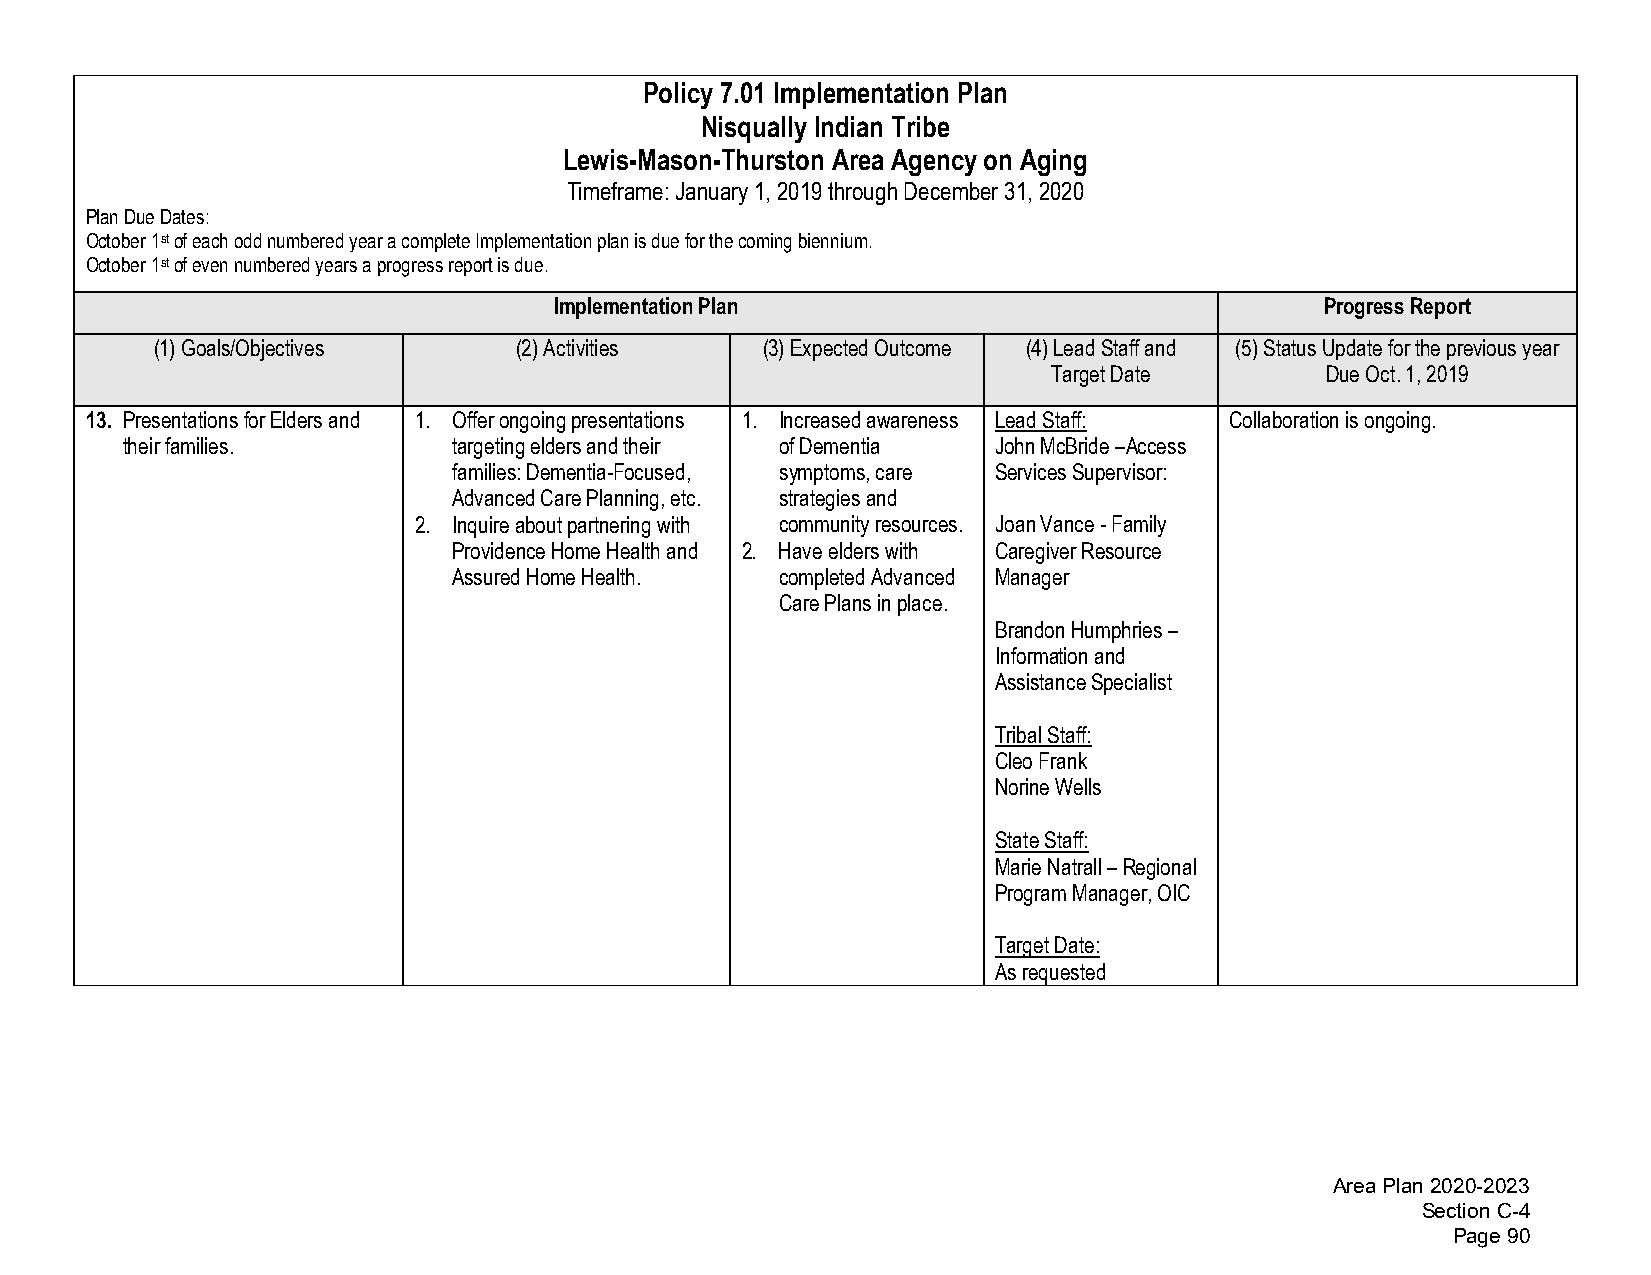
Policy 7.01 Implementation Plan
 Nisqually Indian Tribe
 Lewis-Mason-Thurston Area Agency on Aging
 Timeframe: January 1, 2019 through December 31, 2020
 Plan Due Dates:
 October 1st of each odd numbered year a complete Implementation plan is due for the coming biennium.
 October 1st of even numbered years a progress report is due.
 Implementation Plan                                Progress Report
 (1)Goals/Objectives     (2)Activities   (3)Expected Outcome (4)Lead Staff and (5)Status Update for the previous year
 Target Date       Due Oct. 1, 2019
 13. Presentations for Elders and 1. Offer ongoing presentations 1. Increased awareness Lead Staff: Collaboration is ongoing.
 their families.       targeting elders and their of Dementia John McBride –Access
 families: Dementia-Focused, symptoms, care Services Supervisor:
 Advanced Care Planning, etc. strategies and
 2. Inquire about partnering with community resources. Joan Vance - Family
 Providence Home Health and 2. Have elders with Caregiver Resource
 Assured Home Health.  completed Advanced Manager
 Care Plans in place.
 Brandon Humphries –
 Information and
 Assistance Specialist
 Tribal Staff:
 Cleo Frank
 Norine Wells
 State Staff:
 Marie Natrall – Regional
 Program Manager, OIC
 Target Date:
 As requested
 Area Plan 2020-2023
 Section C-4
 Page 90